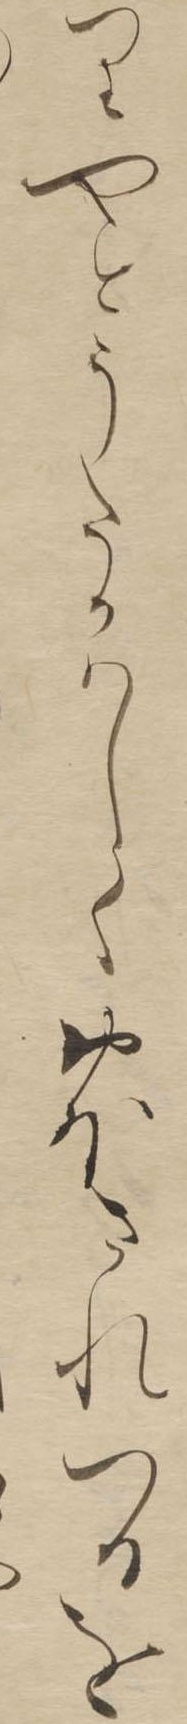
りやとうたかはしくおほされつるを